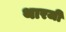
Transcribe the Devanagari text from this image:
थारजी